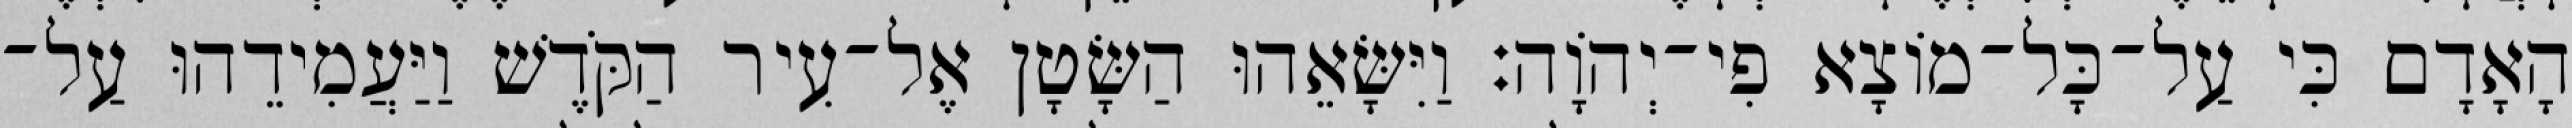
הָאָדָם כִּי עַל־כָּל־מוֹצָא פִי־יְהוָֹה׃ וַיִּשָּׂאֵהוּ הַשָּׂטָן אֶל־עִיר הַקֹּדֶשׁ וַיַּעֲמִידֵהוּ עַל־